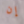
إن